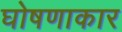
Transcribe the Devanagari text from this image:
घोषणाकार